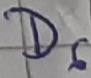
Text: D6